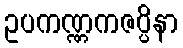
ဥပကဏ္ဏကဇပ္ပိနာ